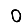
Digit: 0